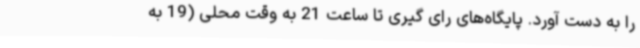
را به دست آورد. پایگاه‌های رای گیری تا ساعت 21 به وقت محلی (19 به